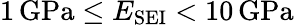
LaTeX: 1\, \mathrm{GPa}\leq E_{\mathrm{SEI}}<10\, \mathrm{GPa}